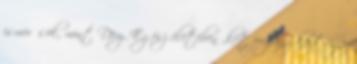
ismerősök, mint Déry. Egész életében „két pogány közt egy